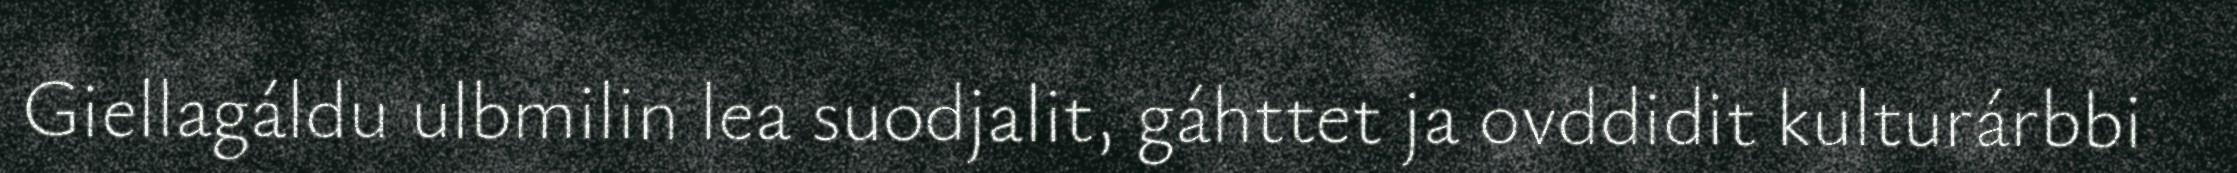
Giellagáldu ulbmilin lea suodjalit, gáhttet ja ovddidit kulturárbbi